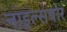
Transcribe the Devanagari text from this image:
नाइल्सबोर